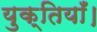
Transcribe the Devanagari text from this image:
युक्तियाँ।